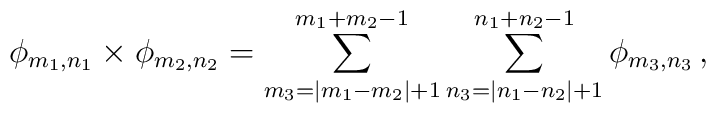
\phi_{m_1,n_1} \times \phi_{m_2,n_2} =         \sum_{m_3=|m_1-m_2|+1}^{m_1+m_2-1}         \sum_{n_3=|n_1-n_2|+1}^{n_1+n_2-1} \phi_{m_3,n_3}\,,